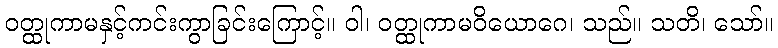
ဝတ္ထုကာမနှင့်ကင်းကွာခြင်းကြောင့်။ ဝါ၊ ဝတ္ထုကာမဝိယောဂေ၊ သည်။ သတိ၊ သော်။